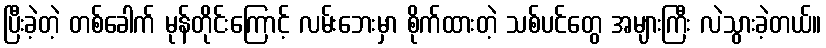
ပြီးခဲ့တဲ့ တစ်ခေါက် မုန်တိုင်းကြောင့် လမ်းဘေးမှာ စိုက်ထားတဲ့ သစ်ပင်တွေ အများကြီး လဲသွားခဲ့တယ်။